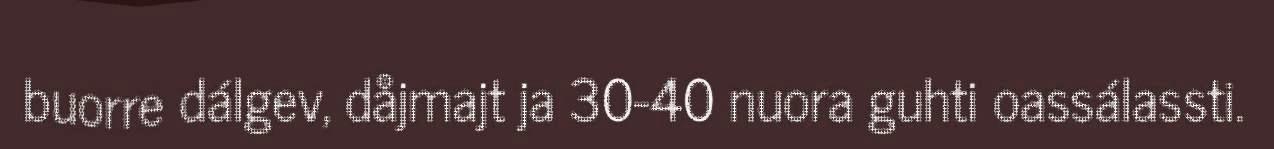
buorre dálgev, dåjmajt ja 30-40 nuora guhti oassálassti.